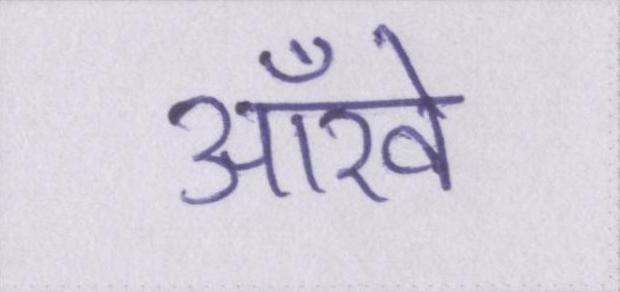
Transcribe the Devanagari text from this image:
ऑंखें